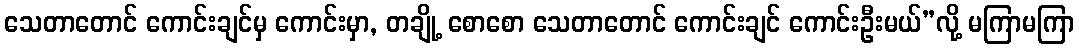
သေတာတောင် ကောင်းချင်မှ ကောင်းမှာ, တချို့ စောစော သေတာတောင် ကောင်းချင် ကောင်းဦးမယ်”လို့ မကြာမကြာ